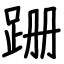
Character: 跚